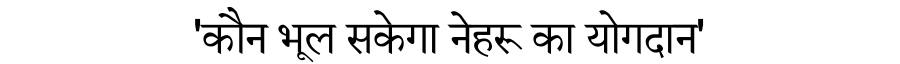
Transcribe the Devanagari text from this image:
'कौन भूल सकेगा नेहरू का योगदान'